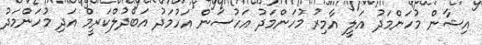
އިޝާން މުހަންމަދު އަލީ އާމިރު މުހަންމަދު އަހުސަން އަހުމަދު އަބްދުލްކަރީމް އަދި މުހަންމަދު